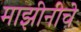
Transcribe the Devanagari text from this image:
माझीनीचे